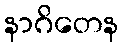
နာဂိတေန